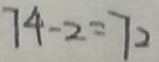
7 4 - 2 = 7 2